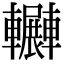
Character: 𨏲